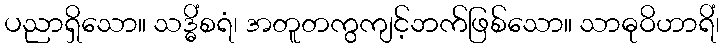
ပညာရှိသော။ သဒ္ဓိံစရံ၊ အတူတကွကျင့်ဘက်ဖြစ်သော။ သာဓုဝိဟာရိံ၊